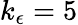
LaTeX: k_{\epsilon}=5